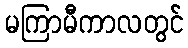
မကြာမီကာလတွင်